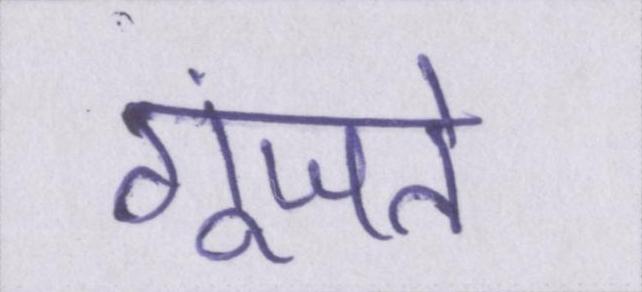
गूंजते